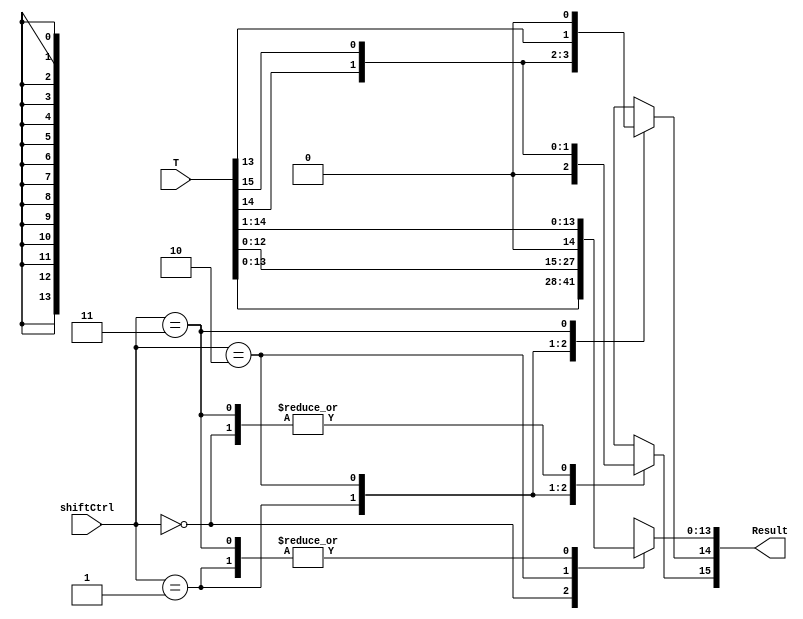
module shifter 
#(
	parameter 			DATA_WIDTH 		 = 16,
	parameter [1:0] 	NOSHIFT         = 2'b00,
	parameter [1:0]	LOGICALRIGHT    = 2'b01,
	parameter [1:0]	SHIFTLEFT       = 2'b10,
	parameter [1:0]	ARITHMETICRIGHT = 2'b11
)
(
	input [15:0] T, // saida da ULA
   input [1:0] shiftCtrl, // controle de qual deslocamento deve ser feito
   output wire [DATA_WIDTH-1:0] Result // resultado do deslocamento
);

	reg [15:0] res;

	assign Result = res;

	// bloco always para a realizacao dos documentos
	always @(T or shiftCtrl)
		begin
			case(shiftCtrl)
				NOSHIFT: res = T;
				LOGICALRIGHT: res = T >> 1;
				SHIFTLEFT: res = T << 1;
				ARITHMETICRIGHT:
					begin
						res = T >> 1;
						res[15] = T[15];
						res[14] = 1'b0;
					end
				default: res = T;
			endcase
		end
endmodule